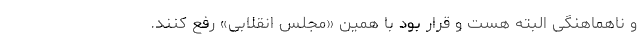
و ناهماهنگی البته هست و قرار بود با همین «مجلس انقلابی» رفع کنند.